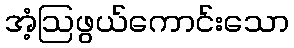
အံ့ဩဖွယ်ကောင်းသော